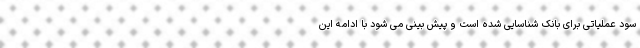
سود عملیاتی برای بانک شناسایی شده است و پیش بینی می شود با ادامه این